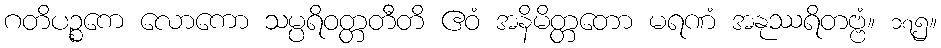
ဂတိပဉ္စကေ လောကော သမ္ပရိဝတ္တတီတိ ဧဝံ အနိမိတ္တတော မရဏံ အနုဿရိတဗ္ဗံ။ ၁၇၅။